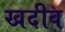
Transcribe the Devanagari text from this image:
खदीव